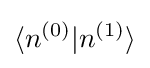
\langle n^{(0)}|n^{(1)}\rangle